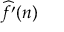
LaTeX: { \widehat { f ^ { \prime } } } ( n )